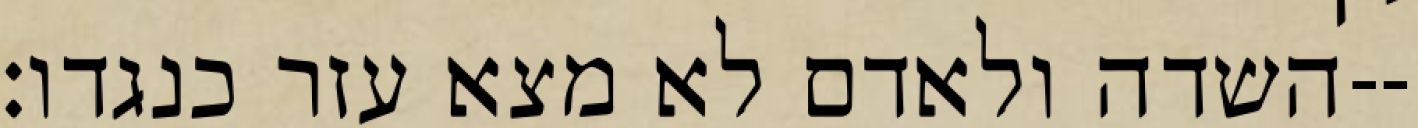
השדה ולאדם לא מצא עזר כנגדו׃--